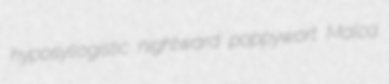
hyposyllogistic nightward poppywort Malca